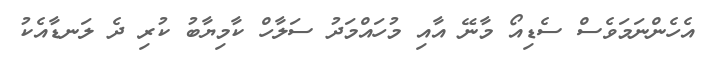
އެހެންނަމަވެސް ސެޑިއޯ މާނޭ އާއި މުހައްމަދު ސަލާހް ކާމިޔާބު ކުރި ދެ ލަނޑާއެކު